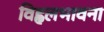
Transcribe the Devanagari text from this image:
विह्वलभावना